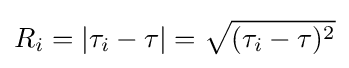
R_{i}=|\tau _{i}-\tau |={\sqrt {(\tau _{i}-\tau )^{2}}}